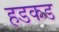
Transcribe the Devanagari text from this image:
हडकड